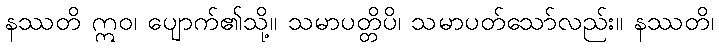
နဿတိ ဣဝ၊ ပျောက်၏သို့။ သမာပတ္တိပိ၊ သမာပတ်သော်လည်း။ နဿတိ၊